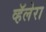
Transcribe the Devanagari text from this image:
व्हॅलेरा